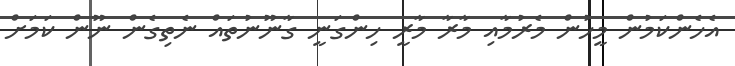
އެހެންކަމުން މީހުން މެރުމާއި މާރާ މާރީ ހިންގަނީ ގާނޫނުތައް ނެތިގެން ނޫން ކަމަށް